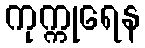
ကုက္ကုရေန